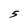
Character: 5